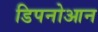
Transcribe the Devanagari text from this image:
डिपनोआन